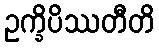
ဥက္ခိပိဿတီတိ